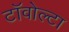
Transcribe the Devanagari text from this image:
टॉवोल्‍टा